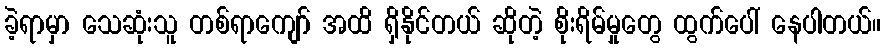
ခဲ့ရာမှာ သေဆုံးသူ တစ်ရာကျော် အထိ ရှိနိုင်တယ် ဆိုတဲ့ စိုးရိမ်မှုတွေ ထွက်ပေါ် နေပါတယ်။